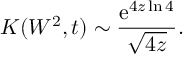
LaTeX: K ( W ^ { 2 } , t ) \sim { \frac { \mathrm { e } ^ { 4 z \ln { 4 } } } { \sqrt { 4 z } } } .